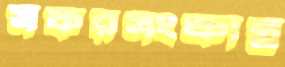
সফরসংক্রান্ত